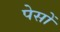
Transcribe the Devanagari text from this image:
पेसों